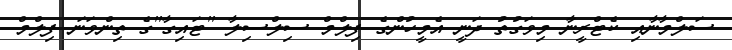
ސަލްމާނާއި ކެޓްރީނާ މިވަގުތު ދަނީ އެމީހުންގެ ފިލްމް ސިލްސިލާ "ޓައިގާ"ގެ ތިންވަނަ ފިލްމް